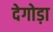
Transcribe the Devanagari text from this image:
देगोड़ा